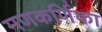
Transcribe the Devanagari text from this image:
मणकर्णिका